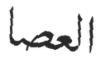
العصا